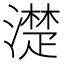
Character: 濋